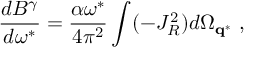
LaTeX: \frac { d B ^ { \gamma } } { d \omega ^ { * } } = \frac { \alpha \omega ^ { * } } { 4 \pi ^ { 2 } } \int ( - J _ { R } ^ { 2 } ) d \Omega _ { { \bf q } ^ { * } } \ ,